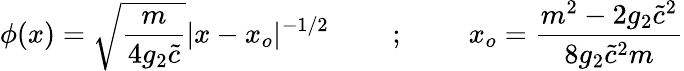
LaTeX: \phi(x)=\sqrt{\frac{m}{4g_{2}\tilde{c}}}\vert x-x_{o}\vert^{-1/2}~~~~~~~~~;~~~~~~~~~x_{o}=\frac{m^{2}-2g_{2}\tilde{c}^{2}}{8g_{2}\tilde{c}^{2}m}